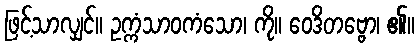
ဖြင့်သာလျှင်။ ဥက္ကံသာဝကံသော၊ ကို။ ဝေဒိတဗ္ဗော၊ ၏။